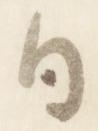
日